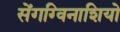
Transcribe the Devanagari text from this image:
सेंगग्विनाशियो